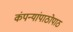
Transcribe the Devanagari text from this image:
कंपन्यांपाठोपाठ